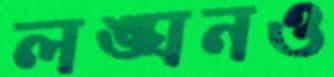
লঙ্ঘনও